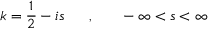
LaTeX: k = \frac { 1 } { 2 } - i s ~ ~ ~ ~ ~ , ~ ~ ~ ~ ~ - \infty < s < \infty